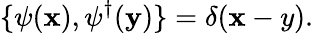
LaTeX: \{ \psi({\mathbf x}),\psi^{\dagger}({\mathbf y})\} =\delta({\mathbf x-y}).